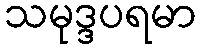
သမုဒ္ဒပရမာ